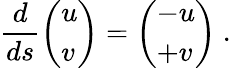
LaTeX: \frac{d}{ds}\left(\begin{array}{l}{u}\\ {v}\end{array}\right)=\left(\begin{array}{l}{-u}\\ {+v}\end{array}\right)\mathrm{~.~}